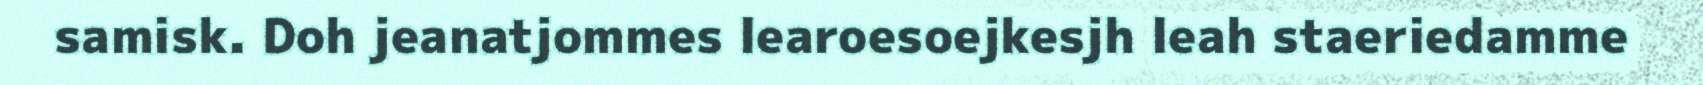
samisk. Doh jeanatjommes learoesoejkesjh leah staeriedamme